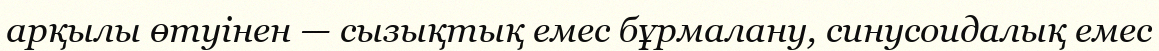
арқылы өтуінен — сызықтық емес бұрмалану, синусоидалық емес